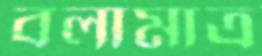
বলামাত্র